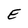
Character: E